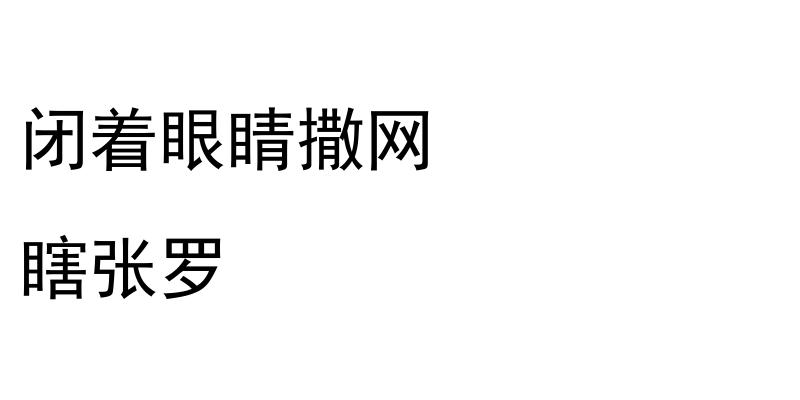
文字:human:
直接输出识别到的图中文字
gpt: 闭着眼睛撒网 瞎张罗